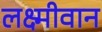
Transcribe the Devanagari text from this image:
लक्ष्मीवान